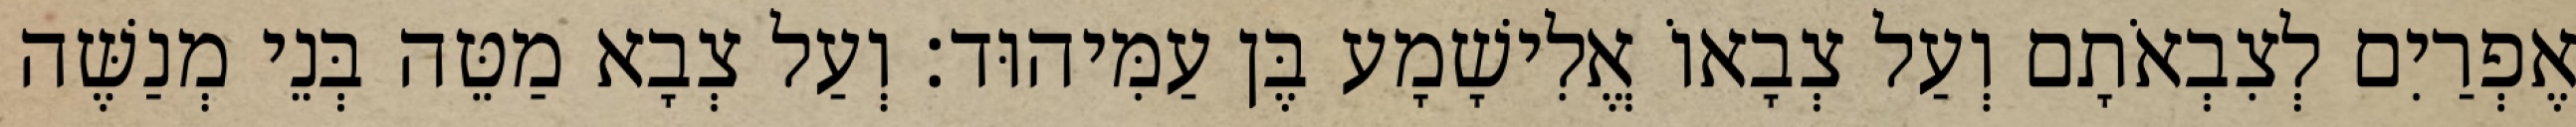
אֶפְרַיִם לְצִבְאֹתָם וְעַל צְבָאוֹ אֱלִישָׁמָע בֶּן עַמִּיהוּד׃ וְעַל צְבָא מַטֵּה בְּנֵי מְנַשֶּׁה